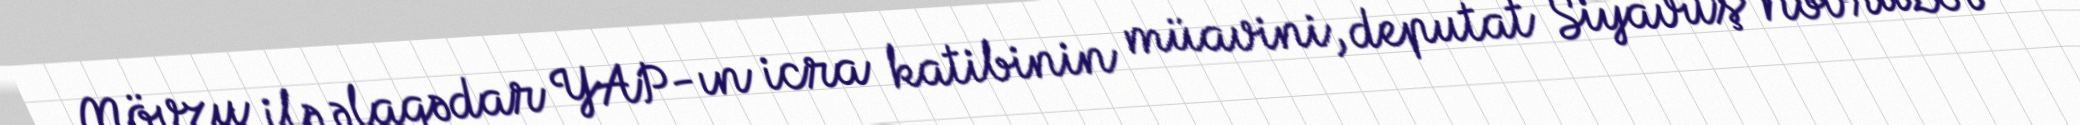
Mövzu ilə əlaqədar YAP-ın icra katibinin müavini, deputat Siyavuş Novruzov